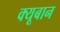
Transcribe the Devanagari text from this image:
क्यूबान